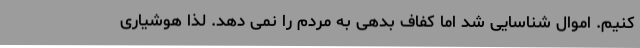
کنیم. اموال شناسایی شد اما کفاف بدهی به مردم را نمی دهد. لذا هوشیاری